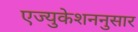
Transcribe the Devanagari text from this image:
एज्युकेशननुसार